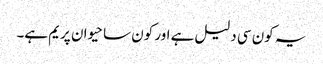
یہ کون سی دلیل ہے اور کون سا حیوان پریم ہے۔